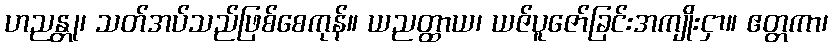
ဟညန္တု၊ သတ်အပ်သည်ဖြစ်စေကုန်။ ယညတ္ထာယ၊ ယဇ်ပူဇော်ခြင်းအကျိုးငှာ။ ဧတ္တကာ၊